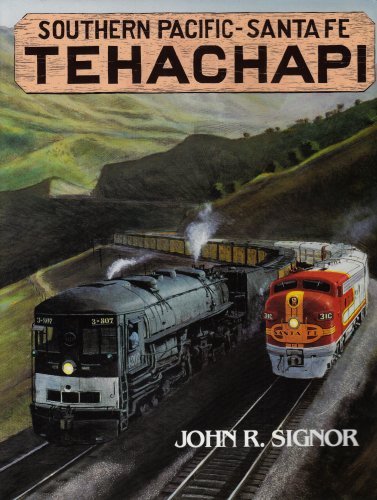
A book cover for Tehachapi, Southern Pacific - Santa Fe; John R. Signor; Travel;